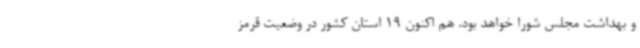
و بهداشت مجلس شورا خواهد بود. هم اکنون 19 استان کشور در وضعیت قرمز